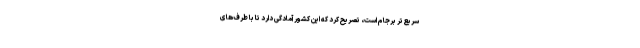
سریع‌تر برجام است، تصریح کرد که این کشور آمادگی دارد تا با طرف‌های